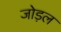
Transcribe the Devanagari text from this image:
जोड़ल